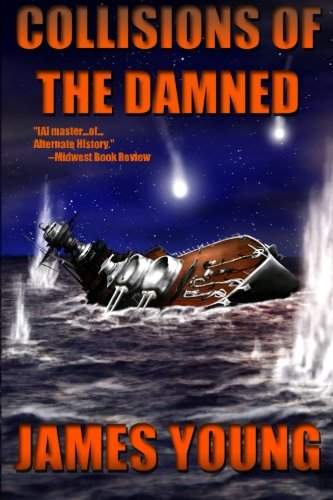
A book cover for Collisions of the Damned: The Defense of the Dutch East Indies (Usurper's War) (Volume 3); James Young; Science Fiction & Fantasy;